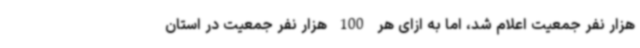
هزار نفر جمعیت اعلام شد، اما به ازای هر 100 هزار نفر جمعیت در استان